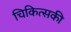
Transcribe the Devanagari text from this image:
चिकित्सकी